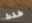
حدث